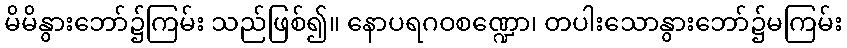
မိမိနွားဘော်၌ကြမ်း သည်ဖြစ်၍။ နောပရဂဝစဏ္ဍော၊ တပါးသောနွားဘော်၌မကြမ်း